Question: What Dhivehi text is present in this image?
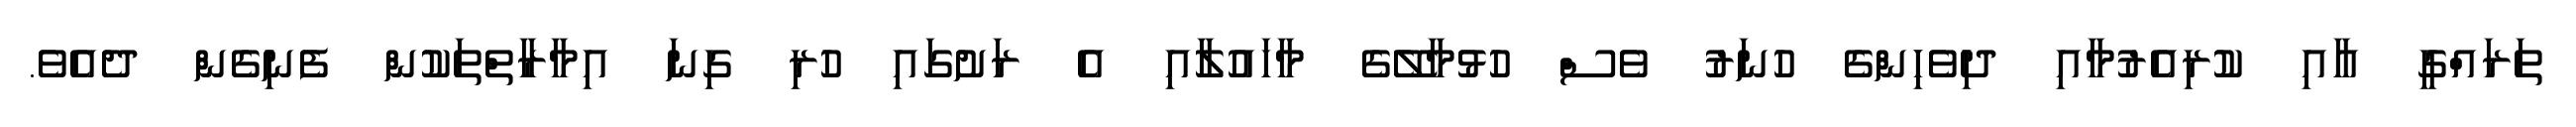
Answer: ތަރައްގީ އާއި ކުރިއެރުމާއި ދިވެހިންގެ ހުނަރު ވެސް ހުޅުމާލޭގެ މާހައުލާއި އެ ރަށުގައި ހުރި ގިނަ އިމާރާތްތަކުން ފެނިގެން ދެއެވެ.